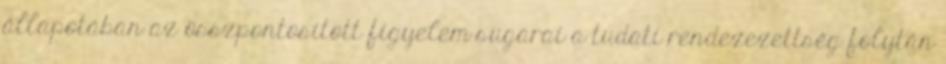
állapotában az összpontosított figyelem sugarai a tudati rendezezettség folytán